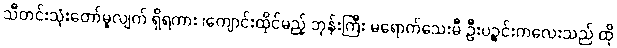
သီတင်းသုံးတော်မူလျက် ရှိရကား ၊ကျောင်းထိုင်မည့် ဘုန်းကြီး မရောက်သေးမီ ဦးပဉ္စင်းကလေးသည် ထို